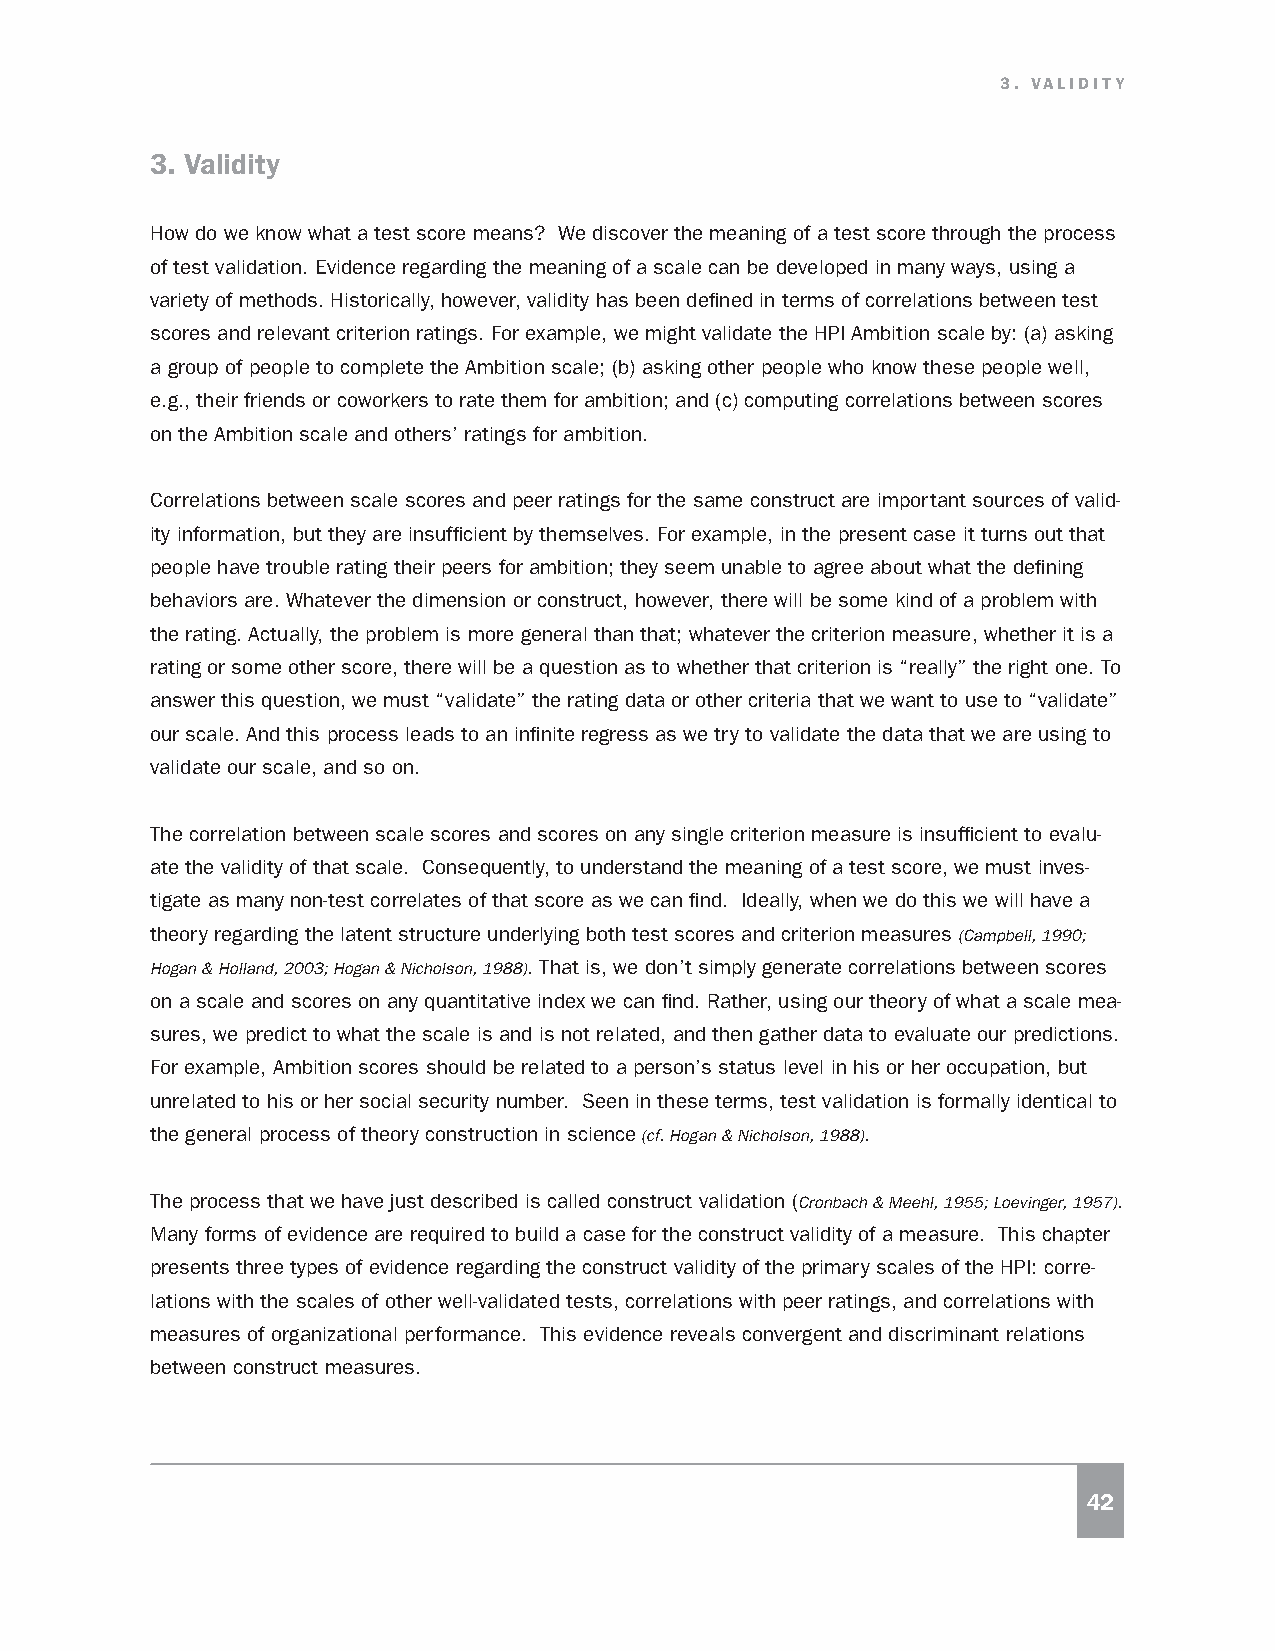
3. VALIDITY
 3. Validity
 How do we know what a test score means? We discover the meaning of a test score through the process
 of test validation. Evidence regarding the meaning of a scale can be developed in many ways, using a
 variety of methods. Historically, however, validity has been defined in terms of correlations between test
 scores and relevant criterion ratings. For example, we might validate the HPI Ambition scale by: (a) asking
 a group of people to complete the Ambition scale; (b) asking other people who know these people well,
 e.g., their friends or coworkers to rate them for ambition; and (c) computing correlations between scores
 on the Ambition scale and others’ ratings for ambition.
 Correlations between scale scores and peer ratings for the same construct are important sources of valid-
 ity information, but they are insufficient by themselves. For example, in the present case it turns out that
 people have trouble rating their peers for ambition; they seem unable to agree about what the defining
 behaviors are. Whatever the dimension or construct, however, there will be some kind of a problem with
 the rating. Actually, the problem is more general than that; whatever the criterion measure, whether it is a
 rating or some other score, there will be a question as to whether that criterion is “really” the right one. To
 answer this question, we must “validate” the rating data or other criteria that we want to use to “validate”
 our scale. And this process leads to an infinite regress as we try to validate the data that we are using to
 validate our scale, and so on.
 The correlation between scale scores and scores on any single criterion measure is insufficient to evalu-
 ate the validity of that scale. Consequently, to understand the meaning of a test score, we must inves-
 tigate as many non-test correlates of that score as we can find. Ideally, when we do this we will have a
 theory regarding the latent structure underlying both test scores and criterion measures (Campbell, 1990;
 Hogan & Holland, 2003; Hogan & Nicholson, 1988). That is, we don’t simply generate correlations between scores
 on a scale and scores on any quantitative index we can find. Rather, using our theory of what a scale mea-
 sures, we predict to what the scale is and is not related, and then gather data to evaluate our predictions.
 For example, Ambition scores should be related to a person’s status level in his or her occupation, but
 unrelated to his or her social security number. Seen in these terms, test validation is formally identical to
 the general process of theory construction in science (cf. Hogan & Nicholson, 1988).
 The process that we have just described is called construct validation (Cronbach & Meehl, 1955; Loevinger, 1957).
 Many forms of evidence are required to build a case for the construct validity of a measure. This chapter
 presents three types of evidence regarding the construct validity of the primary scales of the HPI: corre-
 lations with the scales of other well-validated tests, correlations with peer ratings, and correlations with
 measures of organizational performance. This evidence reveals convergent and discriminant relations
 between construct measures.
 42